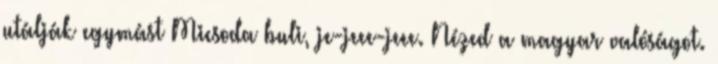
utálják egymást Micsoda buli, je-jeee-jeee. Nézed a magyar valóságot.